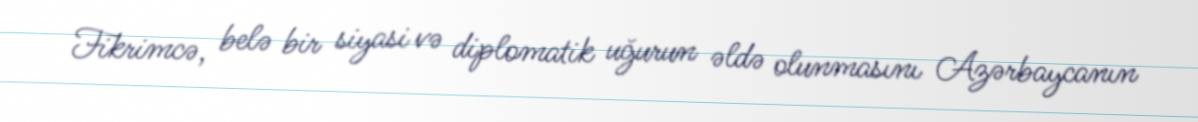
Fikrimcə, belə bir siyasi və diplomatik uğurun əldə olunmasını Azərbaycanın